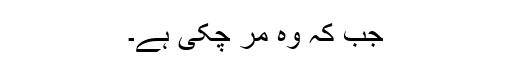
جب کہ وہ مر چکی ہے۔